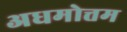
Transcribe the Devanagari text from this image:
अधमोत्तम